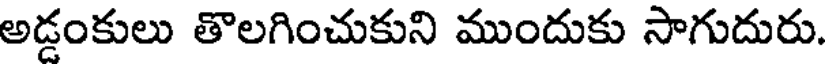
అడ్డంకులు తొలగించుకుని ముందుకు సాగుదురు.